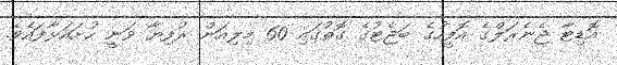
އޮޑިޓާ ޖެނެރަލްގެ އޮފީހުގެ ބަޖެޓުގެ ގޮތުގައި 60 މިލިއަން ރުފިޔާ ވަނީ ހުށައަޅާފައެވެ.